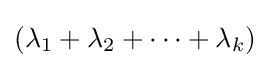
(\lambda _{1}+\lambda _{2}+\cdots +\lambda _{k})